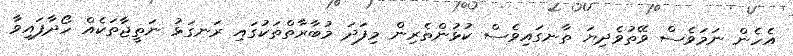
އެހެން ނަމަވެސް ވޭތުވެދިޔަ ތާނގައިވެސް ކުޅުންތެރިން މިފަދަ މުބާރާތްތަކުގައި ރަނގަޅު ނަތީޖާތަކެއް ހޯދާފައިވާ